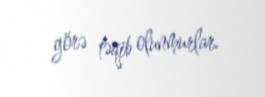
görə təqib olunmurlar.